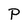
Character: P